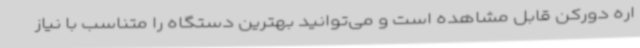
اره دورکن قابل مشاهده است و می‌توانید بهترین دستگاه را متناسب با نیاز